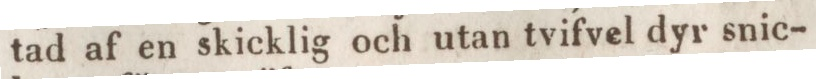
tad af en skicklig och utan tvifvel dyr snic-